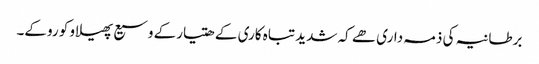
برطانیہ کی ذمہ داری ھے کہ شدید تباہ کاری کے ھتیارکے وسیع پھیلاو کو روکے۔